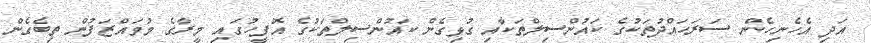
އަދި އެހެނިހެން ސަރަހައްދުތަކުގެ ކައުންސިލްތަކާއި ގުޅިގެން ކައުންސިލްތަކުގެ އޮފީހުގައި މީރާގެ މުވައްޒަފުން ތިބެގެން